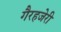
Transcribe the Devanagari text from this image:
गैरहजेरी